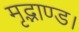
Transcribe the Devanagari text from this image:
मृद्भाण्ड।